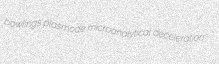
bowlings plasmode microanalytical deceleration